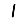
Digit: 1